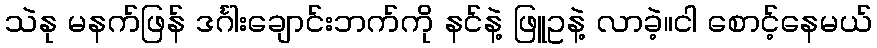
သဲနု မနက်ဖြန် ဒင်္ဂါးချောင်းဘက်ကို နင်နဲ့ ဖြူဥနဲ့ လာခဲ့။ငါ စောင့်နေမယ်